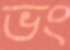
ভং